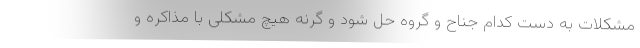
مشکلات به دست کدام جناح و گروه حل شود و گرنه هیچ مشکلی با مذاکره و